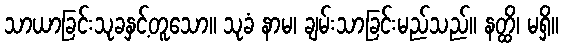
သာယာခြင်းသုခနှင့်တူသော။ သုခံ နာမ၊ ချမ်းသာခြင်းမည်သည်။ နတ္ထိ၊ မရှိ။